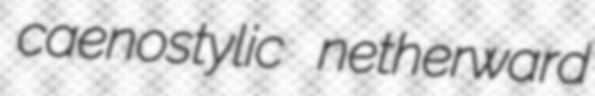
caenostylic netherward